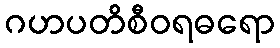
ဂဟပတိစီဝရဓရော